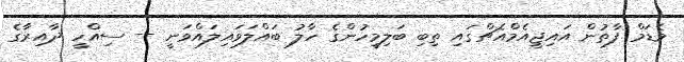
މެޑަމް ފާތުން އައިޖީއެމްއެޗްގައި ތިބި ބަލިމީހުންގެ ހާލު ބައްލަވައިލައްވަނީ -- ސިއްހީ ދާއިރާގެ